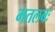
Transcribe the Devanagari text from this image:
मतलबः